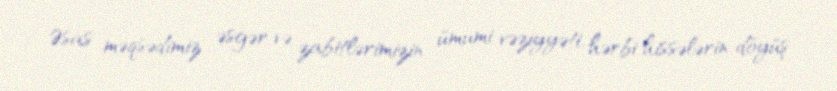
Əsas məqsədimiz əsgər və zabitlərimizin ümumi vəziyyəti, hərbi hissələrin döyüş